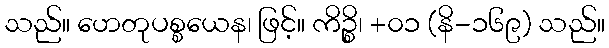
သည်။ ဟေတုပစ္စယေန၊ ဖြင့်။ ကိဉ္စိ၊ +၀၁ (နိ-၁၆၉) သည်။